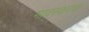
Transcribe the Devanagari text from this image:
गावस्करचा